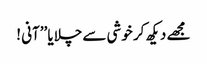
مجھے دیکھ کر خوشی سے چلایا ’’آنی !